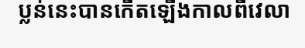
ប្លន់នេះបានកើតឡើងកាលពីវេលា